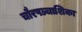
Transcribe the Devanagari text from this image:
चौरपञ्चाशिका